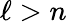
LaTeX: \ell>n